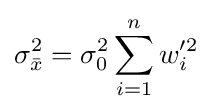
\sigma _{\bar {x}}^{2}=\sigma _{0}^{2}\sum _{i=1}^{n}{w_{i}'^{2}}